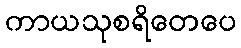
ကာယသုစရိတေပေ